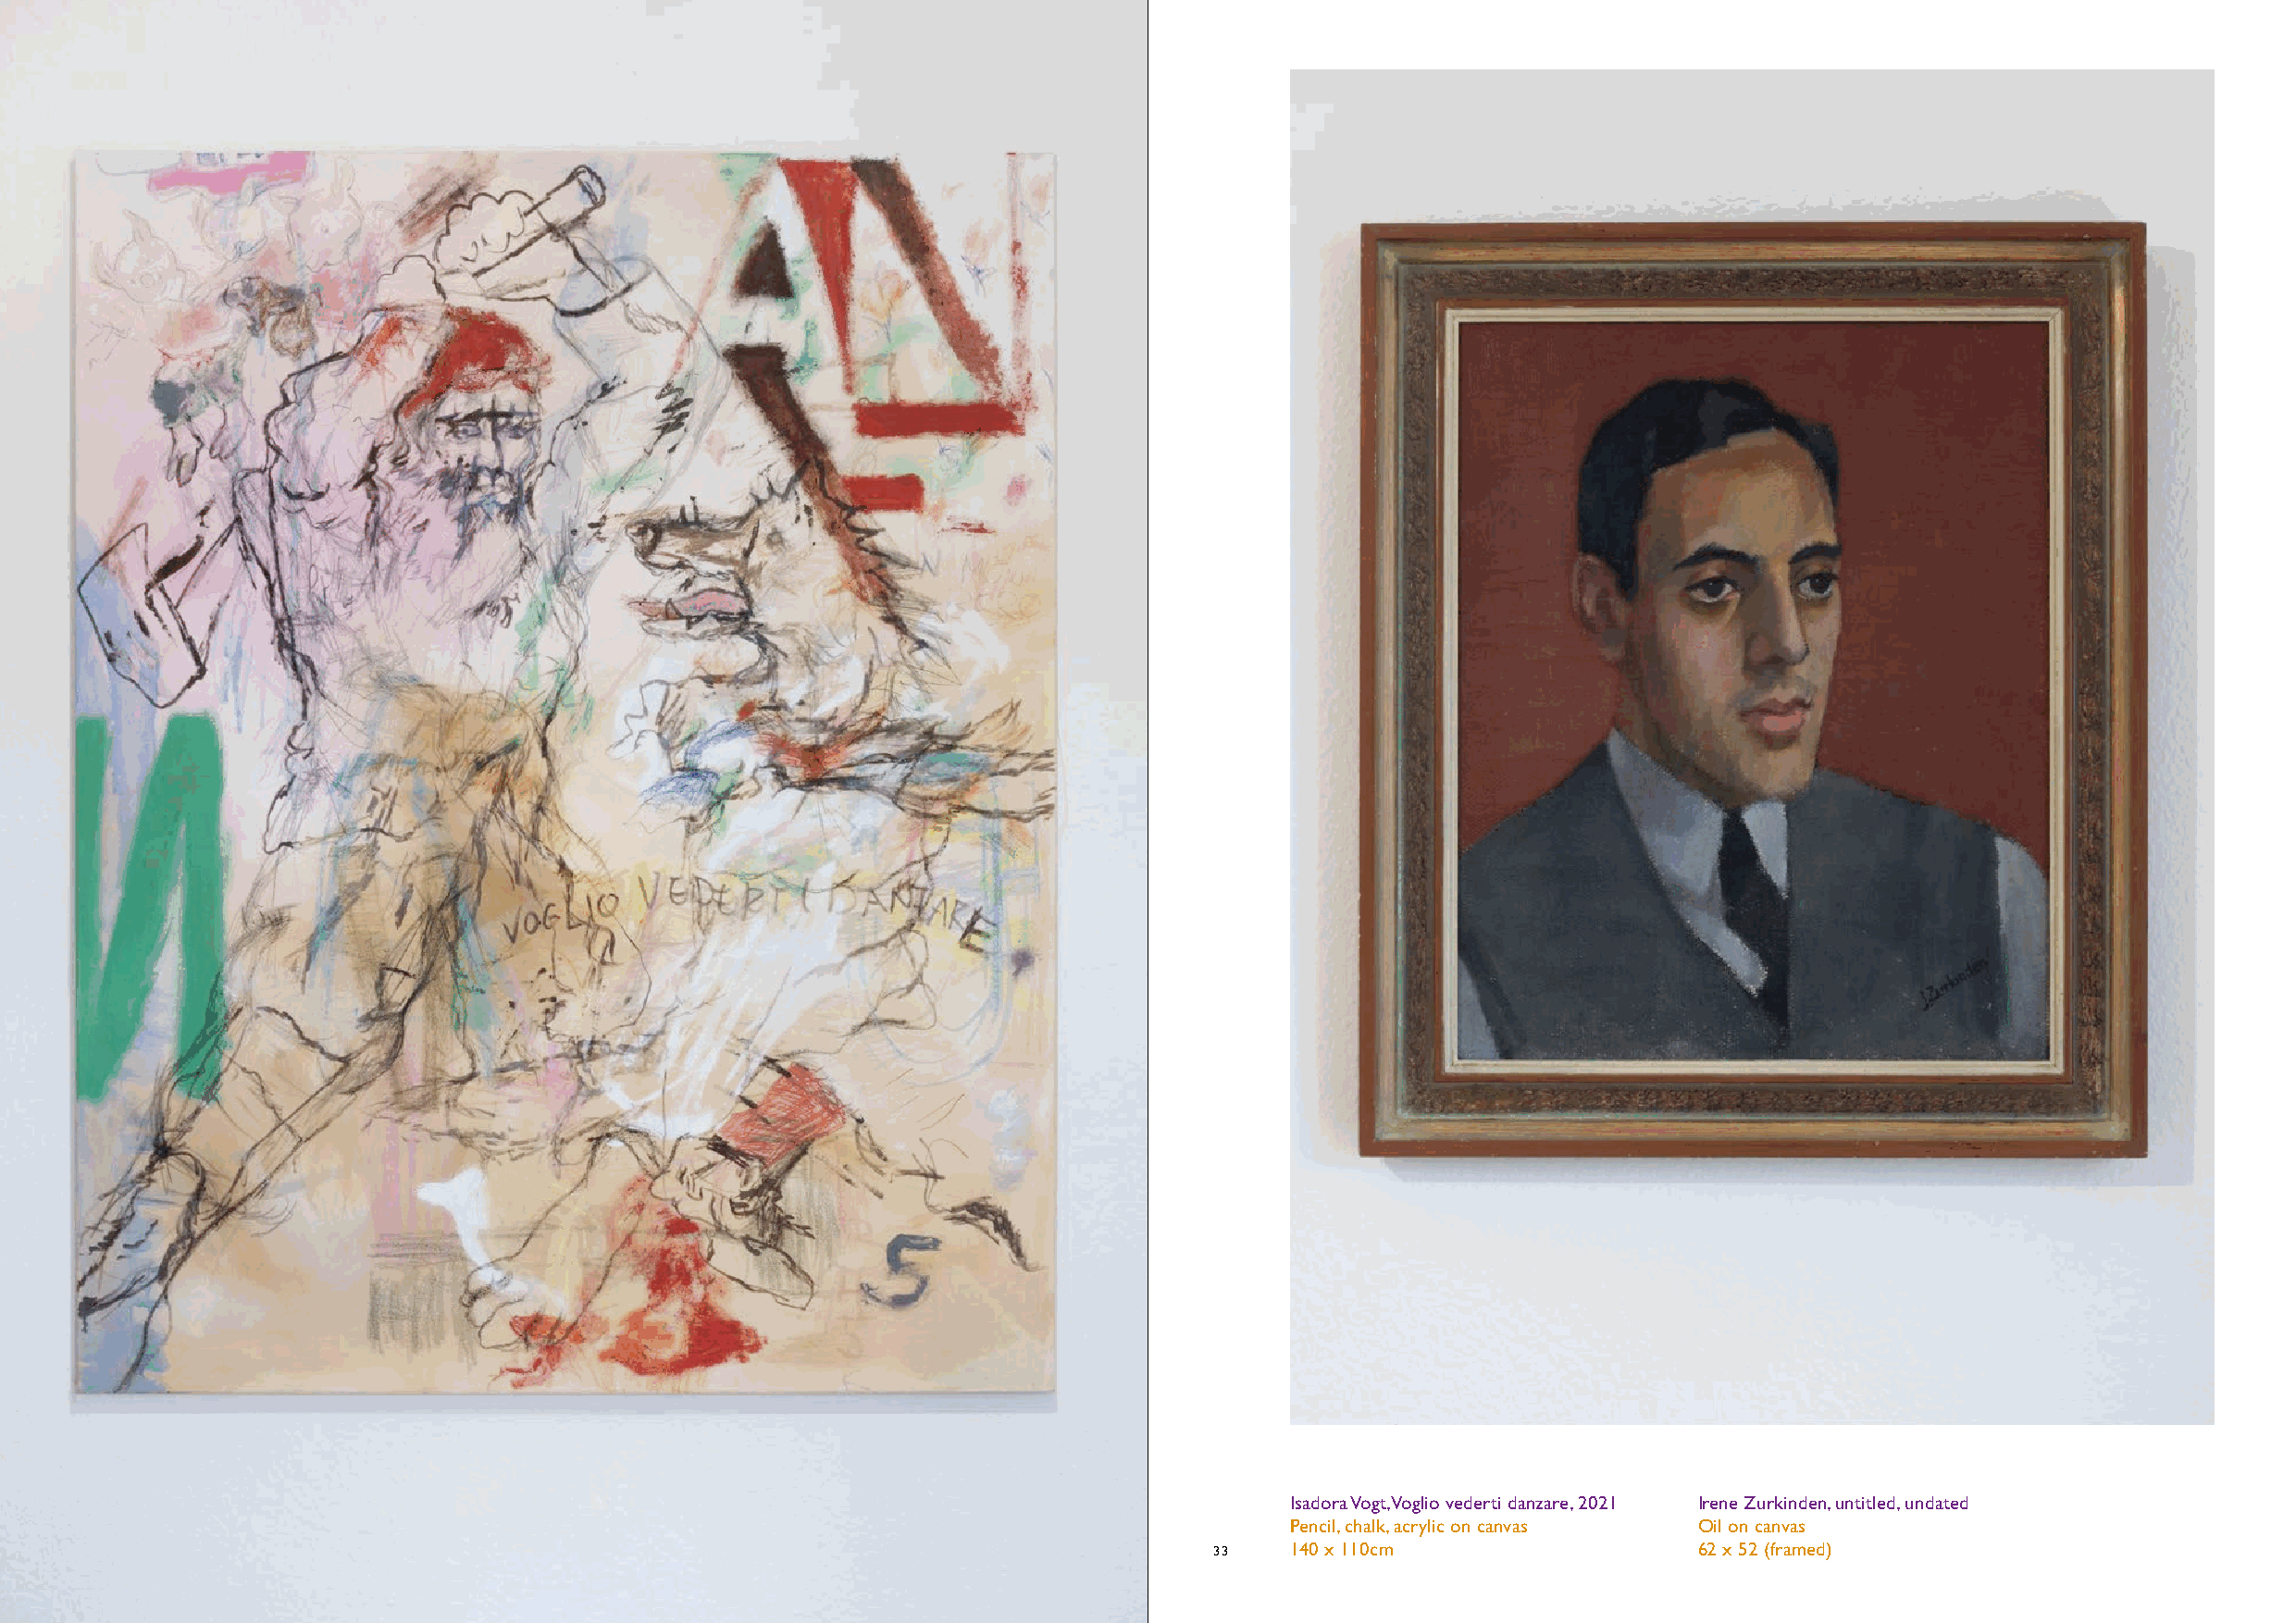
Isadora Vogt, Voglio vederti danzare, 2021 Irene Zurkinden, untitled, undated
 Pencil, chalk, acrylic on canvas Oil on canvas
 32         33   140 x 110cm                  62 x 52 (framed)